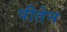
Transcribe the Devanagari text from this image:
पीतेन